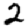
Digit: 2